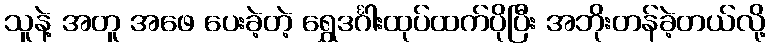
သူနဲ့ အတူ အဖေ ပေးခဲ့တဲ့ ရွှေဒင်္ဂါးထုပ်ထက်ပိုပြီး အဘိုးတန်ခဲ့တယ်လို့